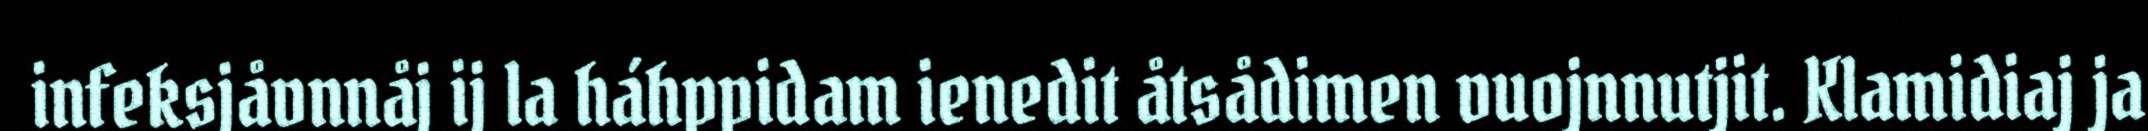
infeksjåvnnåj ij la háhppidam ienedit åtsådimen vuojnnutjit. Klamidiaj ja